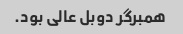
همبرگر دوبل عالی بود.